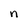
Character: n